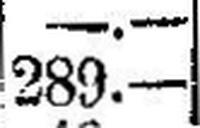
289.—